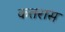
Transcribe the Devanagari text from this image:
कतरास